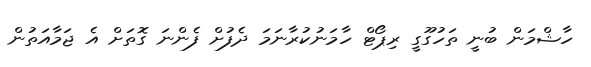
ހާޝްމަން ބުނީ ތަހުގޫގީ ރިޕޯޓް ހާމަނުކުރާނަމަ ދެފުށް ފެންނަ ގޮތަށް އެ ޖަމާއަތުން